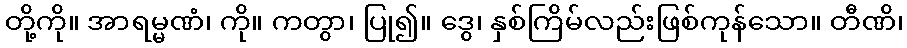
တို့ကို။ အာရမ္မဏံ၊ ကို။ ကတွာ၊ ပြု၍။ ဒွေ၊ နှစ်ကြိမ်လည်းဖြစ်ကုန်သော။ တီဏိ၊